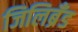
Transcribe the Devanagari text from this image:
जिलिब्रँड